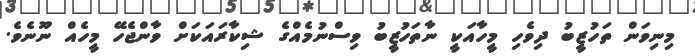
މިނިވަން ތަހުޒީބު ދިވެހި މީހާއަކީ ނާތަހުޒީބު ވިސްނުމެއްގެ ޝިކާރައަކަށް ވާންޖެހޭ މީހެއް ނޫނެވެ.